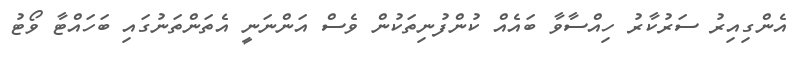
އެންގިއިރު ސަރުކާރު ހިއްސާވާ ބައެއް ކުންފުނިތަކުން ވެސް އަންނަނީ އެތަންތަނުގައި ބަހައްޓާ ވޯޓު